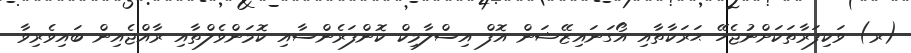
(ރ) ވަކިފަރާތަކަށްނުޖެހޭ ޙަރަކާތާއި އޯގަނައިޒޭޝަން އޮފް އިސްލާމިކް ކޮންފަރެންސާއި ކޮމަންވެލްތާއި ރާއްޖެއިން ބައިވެރިވާ